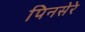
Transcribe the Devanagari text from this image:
पिनसेरे